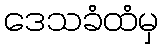
ဒေသခံထံမှ